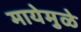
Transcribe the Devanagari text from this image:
मायेमुळे